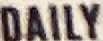
DAILY